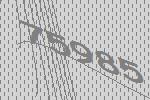
75985